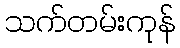
သက်တမ်းကုန်